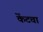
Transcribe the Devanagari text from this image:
केंटचा